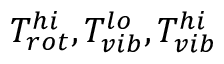
T _ { r o t } ^ { h i } , T _ { v i b } ^ { l o } , T _ { v i b } ^ { h i }